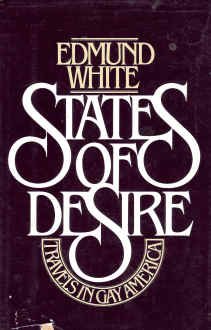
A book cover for States of Desire: Travels In Gay America; Edmund White; Gay & Lesbian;